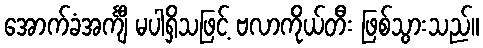
အောက်ခံအင်္ကျီ မပါရှိသဖြင့် ဗလာကိုယ်တီး ဖြစ်သွားသည်။